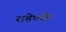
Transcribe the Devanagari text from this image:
राहेपर्यंत